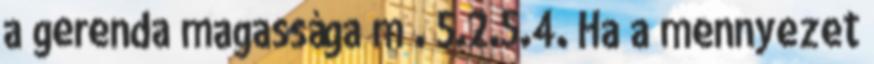
a gerenda magassága m . 5.2.5.4. Ha a mennyezet